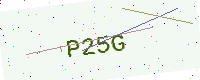
Text: P25G